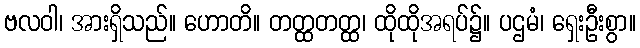
ဗလဝါ၊ အားရှိသည်။ ဟောတိ။ တတ္ထတတ္ထ၊ ထိုထိုအရပ်၌။ ပဌမံ၊ ရှေးဦးစွာ။